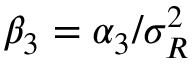
\beta _ { 3 } = \alpha _ { 3 } / \sigma _ { R } ^ { 2 }